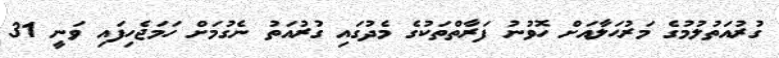
ގުރުއަތުލުމުގެ މަރުޙަލާއަށް ހޮވުނު ފަރާތްތަކުގެ މެދުގައި ގުރުއަތު ނެގުމަށް ހަމަޖެހިފައި ވަނީ 31